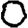
Digit: 0